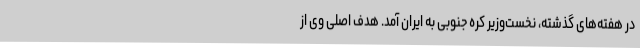
در هفته‌های گذشته، نخست‌وزیر کره جنوبی به ایران آمد. هدف اصلی وی از